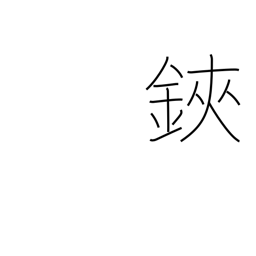
Meaning: scissors